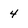
Character: 4